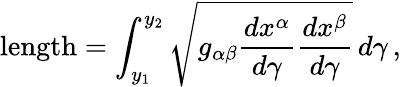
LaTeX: {\mathrm{length}}=\int_{y_{1}}^{y_{2}}{\sqrt{g_{\alpha\beta}{\frac{dx^{\alpha}}{d\gamma}}{\frac{dx^{\beta}}{d\gamma}}}}\, d\gamma\, ,